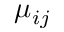
\mu _ { i j }